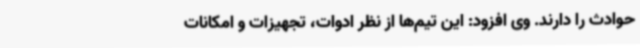
حوادث را دارند. وی افزود: این تیم‌ها از نظر ادوات، تجهیزات و امکانات